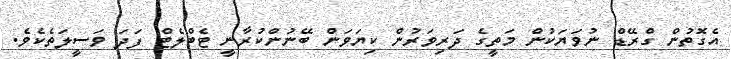
އެގޮތުން ގްރޭޑް ނުވަޔަކުން މަތީގެ ދަރިވަރުން ކިޔަވަން ބޭނުންކުރާނީ ޓެބްލެޓް ފަދަ ވަސީލަތެކެވެ.